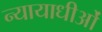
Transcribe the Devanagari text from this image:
न्यायाधीओं